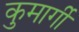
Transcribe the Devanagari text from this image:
कुमार्गी